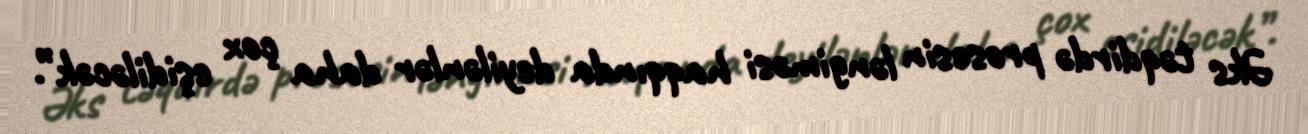
Əks təqdirdə prosesin ləngiməsi haqqında deyilənlər daha çox eşidiləcək”.